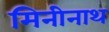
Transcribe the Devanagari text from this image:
मिनीनाथ